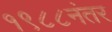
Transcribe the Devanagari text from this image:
१९८८नंतर